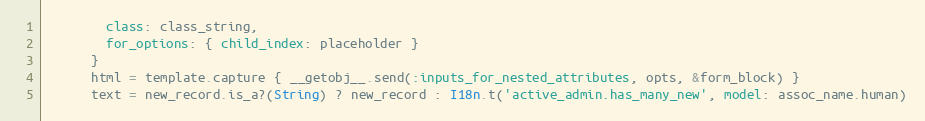
Language: Ruby
        class: class_string,
        for_options: { child_index: placeholder }
      }
      html = template.capture { __getobj__.send(:inputs_for_nested_attributes, opts, &form_block) }
      text = new_record.is_a?(String) ? new_record : I18n.t('active_admin.has_many_new', model: assoc_name.human)